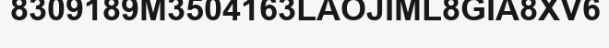
8309189M3504163LAOJIML8GIA8XV6